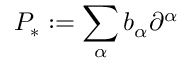
P _ { * } : = \sum _ { \alpha } b _ { \alpha } \partial ^ { \alpha }